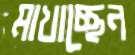
মাখাচ্ছেন